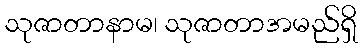
သုဇာတာနာမ၊ သုဇာတာအမည်ရှိ